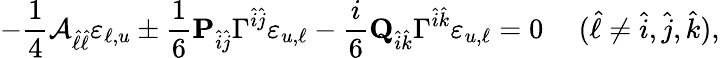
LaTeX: -{\frac{1}{4}}{\cal A}_{\hat{\ell}\hat{\ell}}\varepsilon_{\ell,u}\pm{\frac{1}{6}}{\mathbf P}_{\hat{i}\hat{j}}\Gamma^{\hat{i}\hat{j}}\varepsilon_{u,\ell}-{\frac{i}{6}}{\mathbf Q}_{\hat{i}\hat{k}}\Gamma^{\hat{i}\hat{k}}\varepsilon_{u,\ell}=0\ \ \ \ \ (\hat{\ell}\neq\hat{i},\hat{j},\hat{k}),